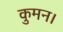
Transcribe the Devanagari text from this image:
कुमन।